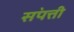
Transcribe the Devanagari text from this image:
स॓पत्ती